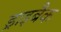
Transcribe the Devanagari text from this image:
ड्राइबैक